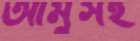
আমুসহ